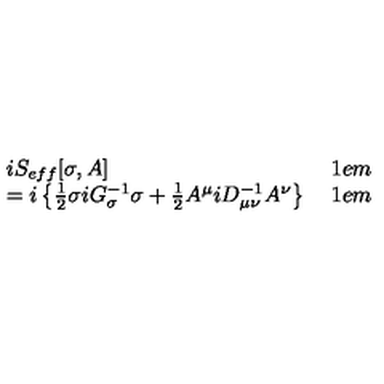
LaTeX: \begin{array} { l l } { i S _ { e f f } [ \sigma , A ] } & { \hspace * { 2 1 e m } } \\ { = i \left\{ \frac 1 2 \sigma i G _ { \sigma } ^ { - 1 } \sigma + \frac 1 2 A ^ { \mu } i D _ { \mu \nu } ^ { - 1 } A ^ { \nu } \right\} } & { \hspace * { 2 1 e m } } \\ \end{array}